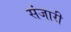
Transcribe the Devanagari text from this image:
संजारी